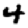
Digit: 4